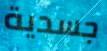
جسدية